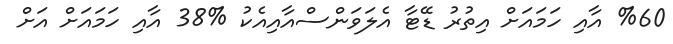
%60 އާއި ހަމައަށް އިތުރު ޑޭޓާ އެލަވަންސްއާއިއެކު %38 އާއި ހަމައަށް އަށް